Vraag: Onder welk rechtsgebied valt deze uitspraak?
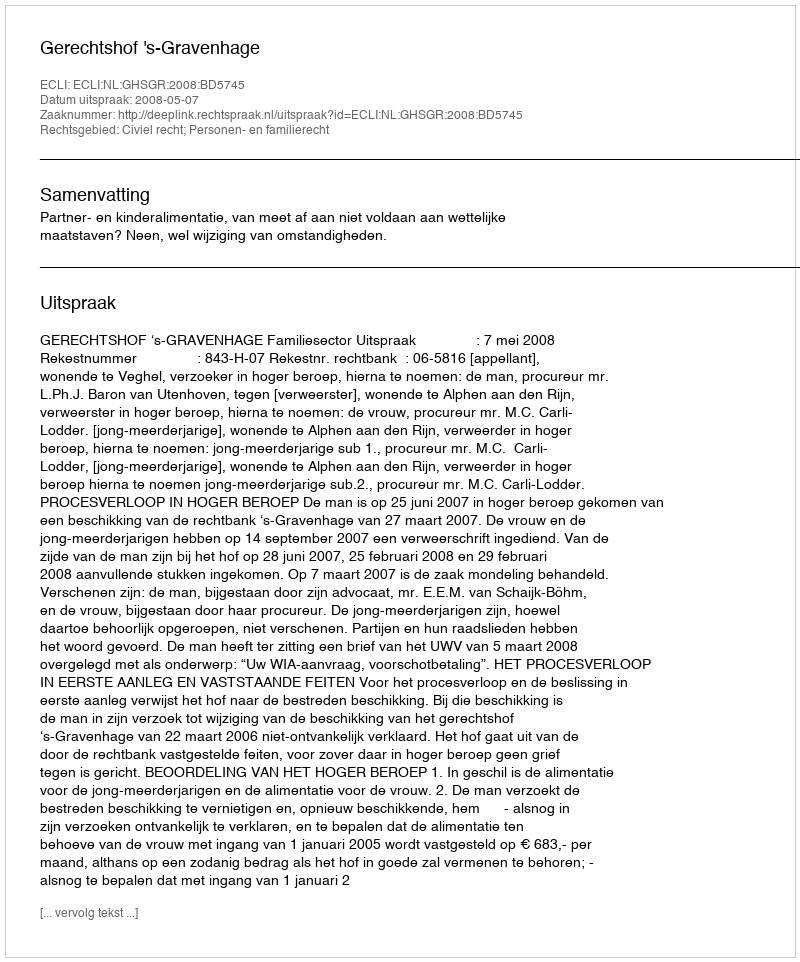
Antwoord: Civiel recht; Personen- en familierecht